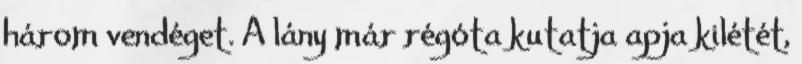
három vendéget. A lány már régóta kutatja apja kilétét,